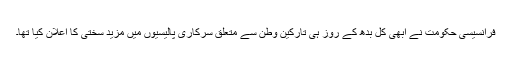
فرانسیسی حکومت نے ابھی کل بدھ کے روز ہی تارکین وطن سے متعلق سرکاری پالیسیوں میں مزید سختی کا اعلان کیا تھا۔